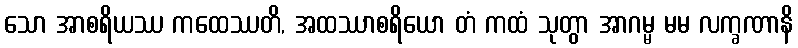
သော အာစရိယဿ ကထေဿတိ, အထဿာစရိယော တံ ကထံ သုတွာ အာဂမ္မ မမ လက္ခဏာနိ